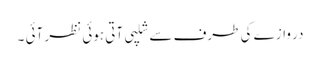
در وازے کی طرف سے شلپی آتی ہوئی نظر آئی ۔